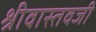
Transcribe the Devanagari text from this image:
श्रीवास्तवजी